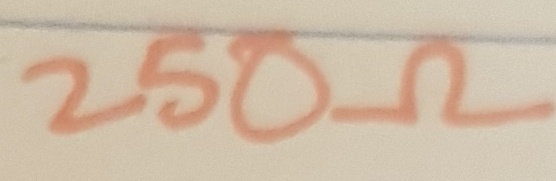
Text: 250Ω